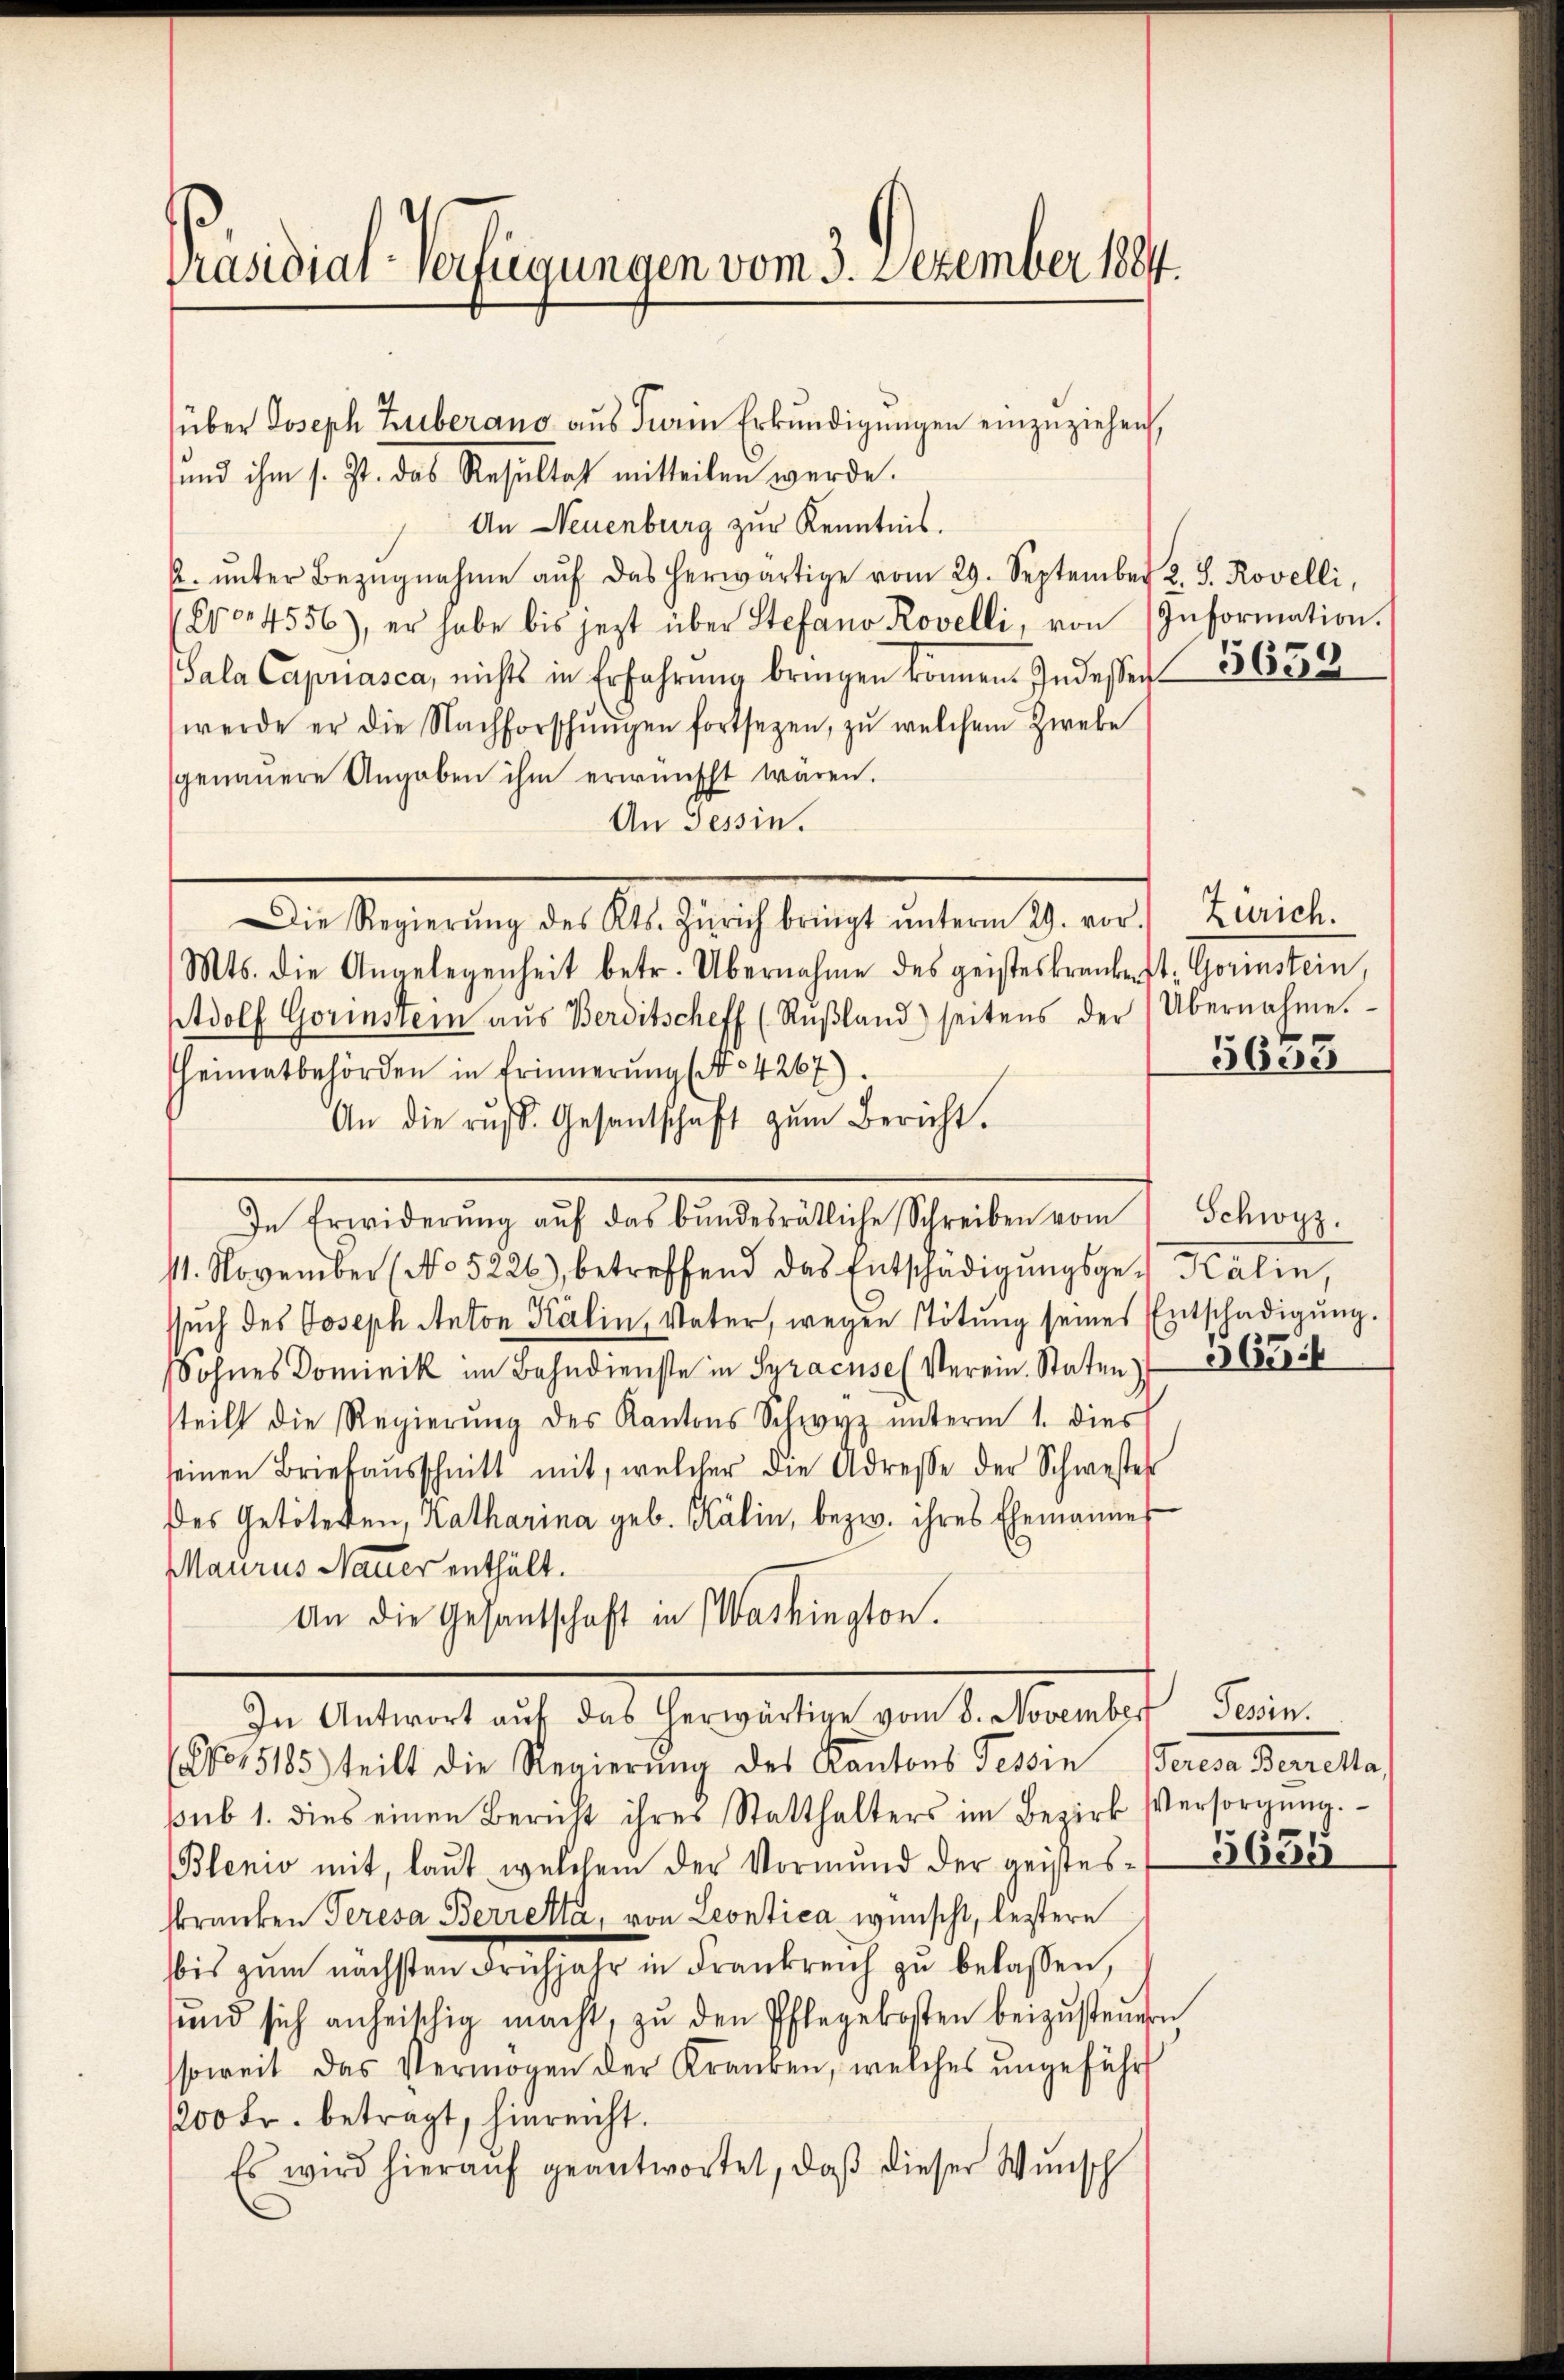
Präsidial-Verfügungen vom 3. Dezember 1884.

über Joseph Zuberano aus Farin Erkundigungen einzuziehen,
und ihm s. Zt. das Resultat mitteilen werde.
An Neuenburg zur Kenntnis.
u. ŭnter Bezŭgnahme aŭf das herwärtige vom 29. September 2. J. Rovelli,
Co 4556), er habe bis jezt über Stefano Rovelli, von (Information.
Sala Capriasca, nichts in Erfahrung bringen können. Indessen 36322
werde er die Nachforschŭngen fortsezen, zŭ welchem Zweke
genauere Angaben ihm erwünscht waren.
An Tessin.
Die Regierŭng des Kts. Zürich bringt ŭnterm 29. vor.
Mts. die Angelegenheit betr. Übernahme des geisteskrankest: Gorinstein,
Adolf Gorinstein aŭs Berditscheff (Rŭβland) seitens der Übernahme.
heimatbehörden in Erinnerung (No 4267)
An die rŭf. Gesantschaft zum Bericht.
In Erwiderŭng aŭf das bŭndesrätliche Schreiben vom Schwyz.
11. November (No 5226), betreffend das Entschädigŭngsge- Kälin,
ssuch des Joseph Anton Kälin, Vater, wegen Tötung seines Entschädigung.
Sohnes Dominik im Bahndienste in Syracuse (Verein. Staten 265
steilt die Regierŭng des Kantons Schwyz ŭnterm 1. dies
seinen Briefaŭsschnitt mit, welcher die Adresse der Schwestel
des Getötetten, Katharina geb. Kälin, bezw. ihres Ehemannes
Maurus Nauer enthält.
An die Gesantschaft in Washington.
In Antwort aŭf das herwärtige vom 8. November
(No 15185) teilt die Regierŭng des Kantons Tessin (Peresa Berrena,
sub 1. dies einen Bericht ihres Statthalters im Bezirk Versorgŭng.
Blenio mit, laŭt welchem der Vormŭnd der geistes- 365
skranken Teresa Berretta, von Leontica wünscht, lestere
bis zum nächsten dochjahr in Frankreich zu belaßen,
ŭnd sich anheischig macht, zŭ den Pflegekosten beizŭsteuern
soweit das Vermögen der Kranken, welches ungeführ
1200 Fr. betragt, hinreicht.
Es wird hierauf geantwortet, daß dieser Wunsch

Zürich.

5653

Tessin.